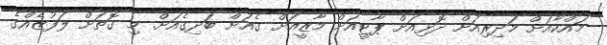
މައްކާއަށް މަދިރިއަށް ދޮޅިއަށް ޕާޓީއަށް މާޒީއަށް ގެއަށް ބަދިގެއަށް. މި ގޮތަށް ލަފުޒެއްގެ